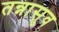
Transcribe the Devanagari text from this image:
तन्नासुव